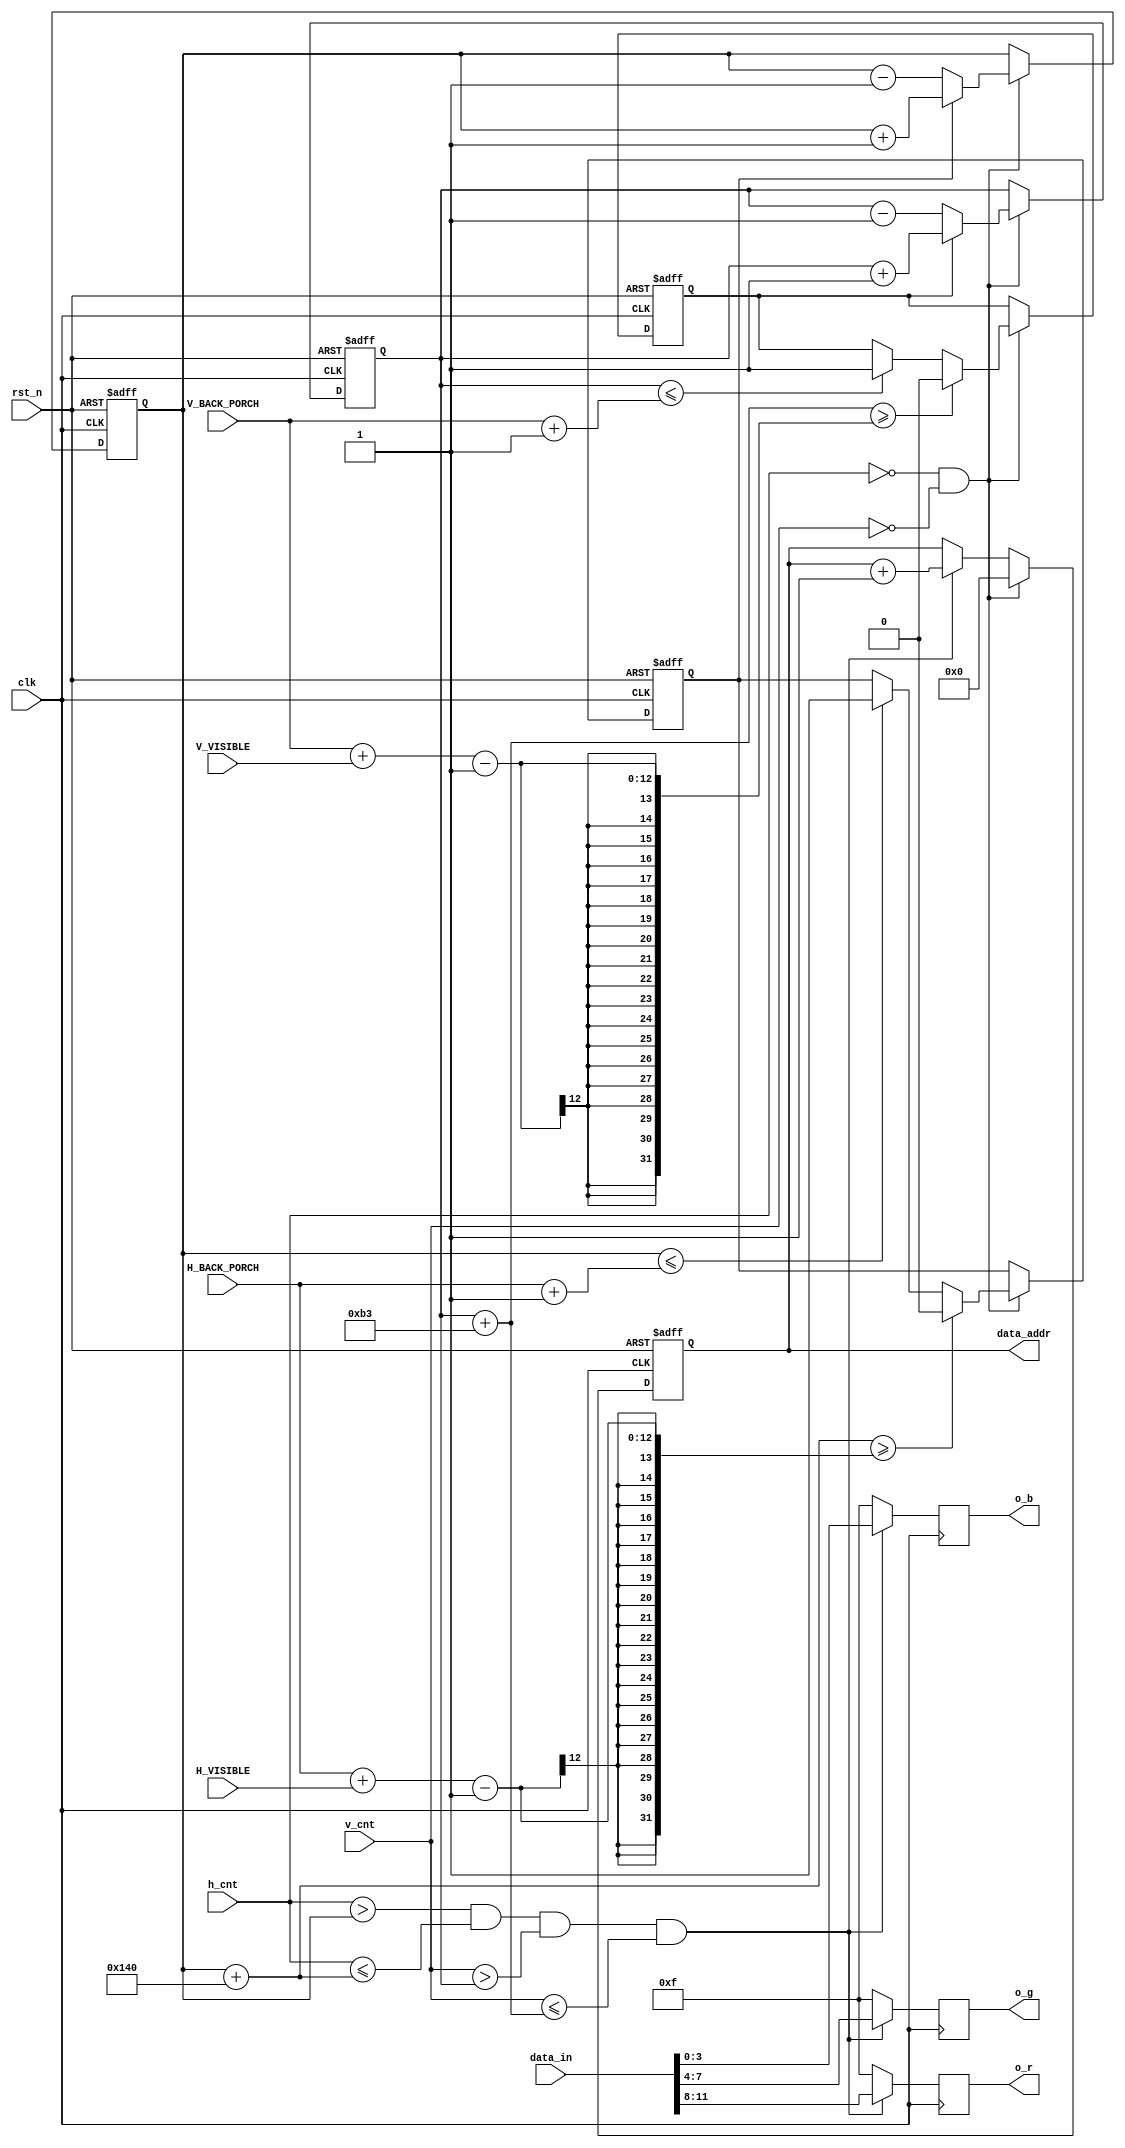
`timescale 1ns / 1ps
//////////////////////////////////////////////////////////////////////////////////
// Company: 
// Engineer: 
// 
// Design Name: 
// Module Name: gif_coedisplay
// Project Name: 
// Target Devices: 
// Tool Versions: 
// Description: 
// 
// Dependencies: 
// 
// Revision:
// Revision 0.01 - File Created
// Additional Comments:
// 
//////////////////////////////////////////////////////////////////////////////////


module gif_coedisplay(
    input clk,
    input rst_n,
    input [10:0] h_cnt,
    input [10:0] v_cnt,
    input [11:0] data_in,
    input [10:0] H_VISIBLE,
    input [10:0] H_BACK_PORCH,
    input [10:0] V_VISIBLE,
    input [10:0] V_BACK_PORCH,
    output reg [16:0] data_addr,
    output [3:0] o_r,
    output [3:0] o_g,
    output [3:0] o_b
    );
    
    parameter PICTURE_WIDTH = 320;
    parameter PICTURE_HEIGHT = 179;
    
    reg x_dir;
    reg y_dir;
    reg[10:0] x;
    reg[10:0] y;
    always @(posedge clk, negedge rst_n) begin
        if(~rst_n) begin
            x_dir <= 1;
            y_dir <= 1;
            x <= 100;
            y <= 100;
        end
        else
        if(h_cnt == 0 & v_cnt == 0) begin
            if(x_dir)       //1 go right
                x <= x+1;
            else            //0 go left
                x <= x-1;
            if(y_dir)       //1 go down
                y <= y+1;
            else            //0 go up
                y <= y-1;
            if(x <= H_BACK_PORCH + 1)
                x_dir <= 1;
            if(x + PICTURE_WIDTH >= (H_BACK_PORCH + H_VISIBLE) - 1)
                x_dir <= 0;
            if(y <= V_BACK_PORCH + 1)
                y_dir <= 1;
            if(y + PICTURE_HEIGHT >= (V_BACK_PORCH + V_VISIBLE) - 1)
                y_dir <= 0;
        end
    end
    //320x179
    wire area = (h_cnt > x) & (h_cnt <= x + PICTURE_WIDTH)
                & (v_cnt > y) & (v_cnt <= y + PICTURE_HEIGHT);
    
    always @(posedge clk, negedge rst_n) begin
        if(~rst_n)
            data_addr <= 0;
        else if(h_cnt == 0 & v_cnt == 0)
            data_addr <= 0;
        else if(area)
            data_addr <= data_addr + 1;
    end
    reg [3:0]r;
    reg [3:0]g;
    reg [3:0]b;
    always @(posedge clk) begin
        if(area)
        begin
            r <= data_in[11:8];
            g <= data_in[7:4];
            b <= data_in[3:0];
        end
        else begin
            r <= 4'hf;
            g <= 4'hf;
            b <= 4'hf;
        end
    end
assign o_r = r;
assign o_g = g;
assign o_b = b;
endmodule